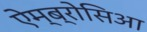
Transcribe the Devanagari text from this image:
ऐम्ब्रोसिआ